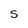
Character: S